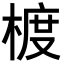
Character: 𪳁